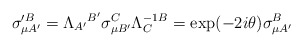
\begin{align*}\sigma _{\mu A^{\prime }}^{\prime B}=\Lambda _{A^{\prime }}{}^{B^{\prime}}\sigma _{\mu B^{\prime }}^{C}\Lambda _{C}^{-1}{}^{B}=\exp (-2i\theta)\sigma _{\mu A^{\prime }}^{B} \end{align*}